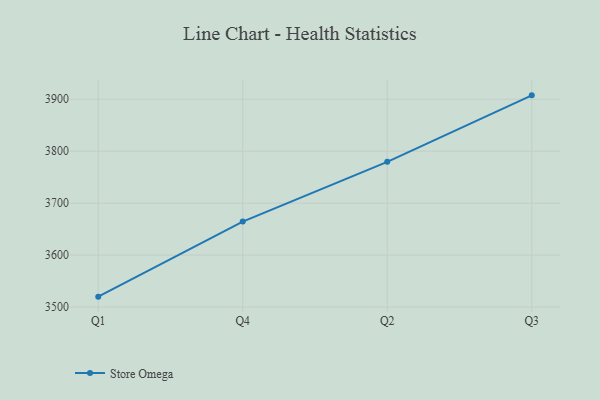
{"axis": {"x": "Quarter", "y": "Churn Rate (%)"}, "legend": ["Store Omega"], "data": [{"x": "Q1", "y": 3520.0, "type": "Store Omega"}, {"x": "Q4", "y": 3664.4, "type": "Store Omega"}, {"x": "Q2", "y": 3779.5, "type": "Store Omega"}, {"x": "Q3", "y": 3907.4, "type": "Store Omega"}]}